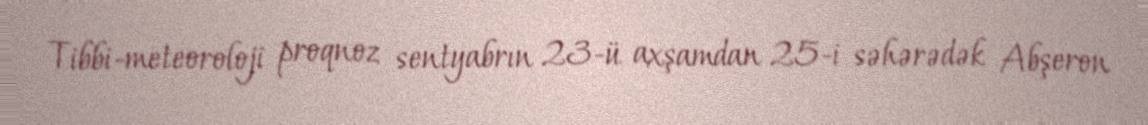
Tibbi-meteoroloji proqnoz sentyabrın 23-ü axşamdan 25-i səhərədək Abşeron